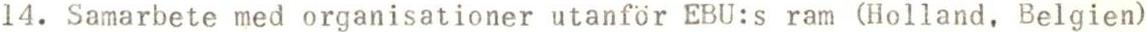
14. Samarbete med organisationer utanför EBU:s ram (Holland, Belgien)